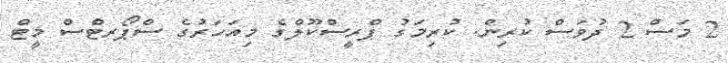
2 މަސް 2 ދުވަސް ކުރިން. ކުރިމަގު ޕްރީސްކޫލްގެ މިއަހަރުގެ ސްޕޯރޓްސް މީޓް